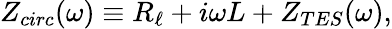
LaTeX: Z_{circ}(\omega)\equiv R_{\ell}+i\omega L+Z_{TES}(\omega),